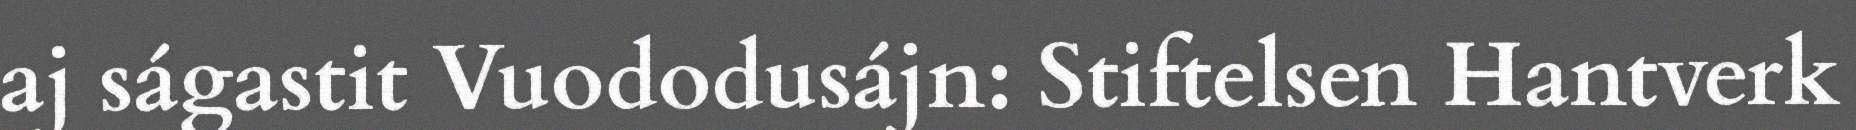
aj ságastit Vuododusájn: Stiftelsen Hantverk